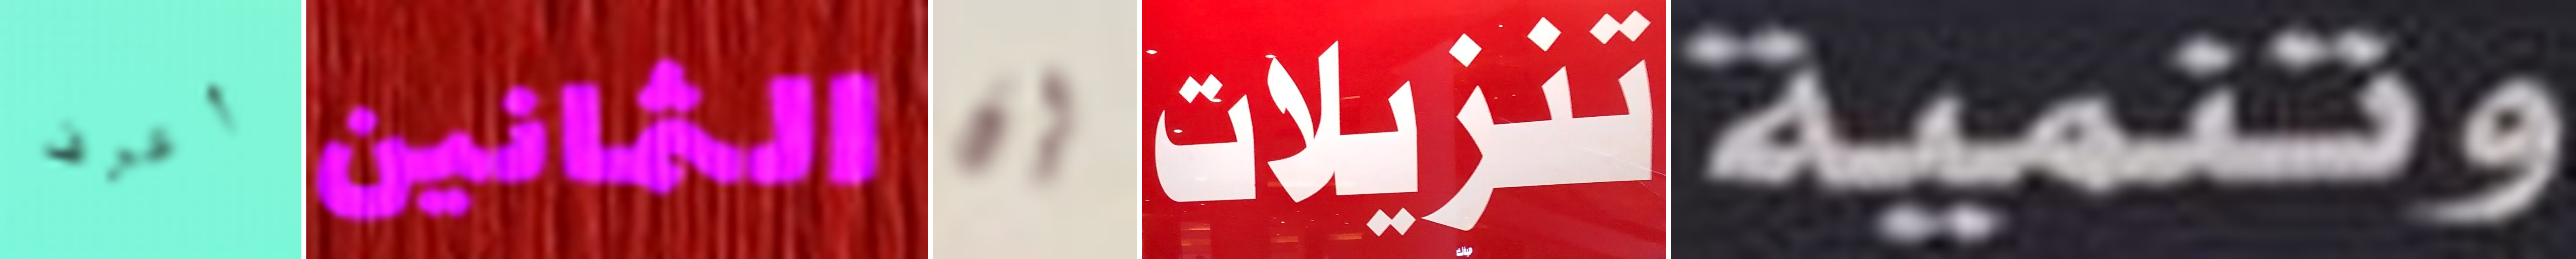
أعرف الثمانين إن تنزيلات وتنمية